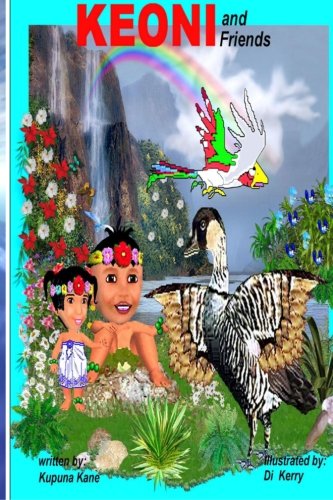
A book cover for Keoni and Friends (Keoni the Menehune) (Volume 2); Mr. Kupuna Kane; Parenting & Relationships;